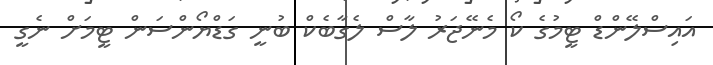
އައިސްލޭންޑް ޓީމުގެ ކޯ މެނޭޖަރު ލާސް ލެގާބެކް ބުނީ ގަޑްޔޯންސަން ޓީމަށް ނެގީ